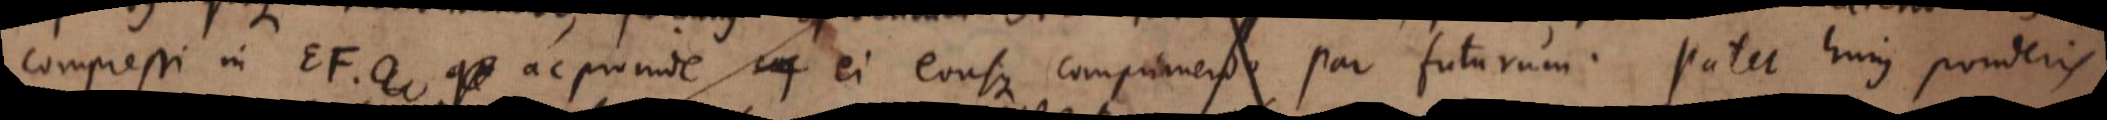
compressi in EF ac proinde ei eousque comprimendo par futurum. Patet hujus ponderis